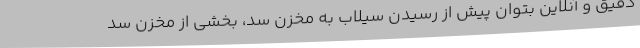
دقیق و آنلاین بتوان پیش از رسیدن سیلاب به مخزن سد، بخشی از مخزن سد